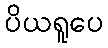
ပိယရူပေ